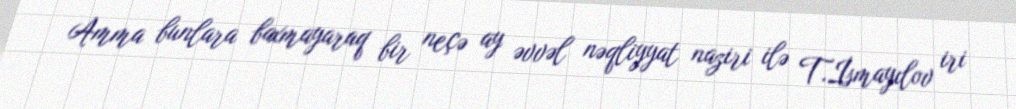
Amma bunlara baxmayaraq bir neçə ay əvvəl nəqliyyat naziri ilə T.İsmayılov iri